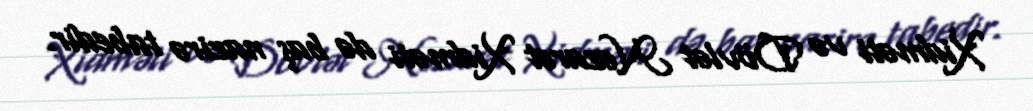
Xidməti və Dövlət Nəzarət Xidməti də baş nazirə tabedir.